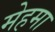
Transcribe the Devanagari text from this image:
मेहमा